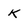
Character: K